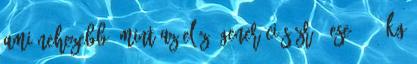
ami nehezebb, mint az előző generációs ZR-1-ese 1508 kg